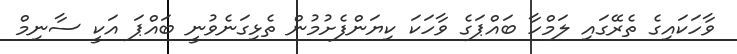
ވާހަކައިގެ ތެރޭގައި ލަމްހާ ބައްޕަގެ ވާހަކަ ކިޔަންފެެށުމުން ތެޅިގަނެވުނީ ބައްޕަ އަކީ ސާނިމް